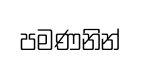
පමණනින්